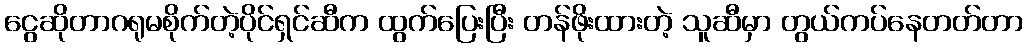
ငွေဆိုတာဂရုမစိုက်တဲ့ပိုင်ရှင်ဆီက ထွက်ပြေးပြီး တန်ဖိုးထားတဲ့ သူဆီမှာ တွယ်ကပ်နေတတ်တာ